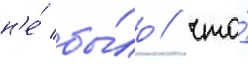
н'е́ бы́ло / что́